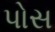
પોસ